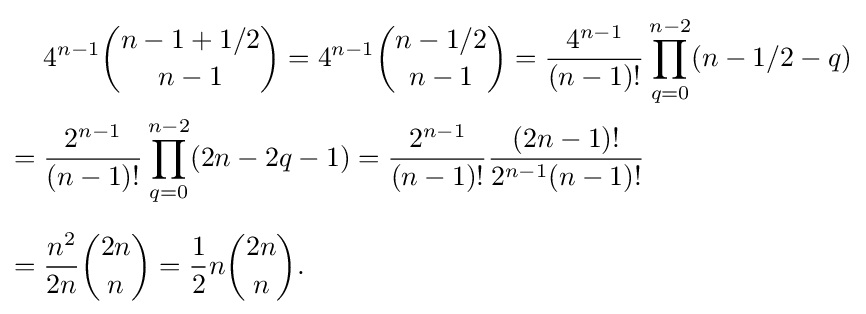
{\begin{aligned}&4^{n-1}{n-1+1/2 \choose n-1}=4^{n-1}{n-1/2 \choose n-1}={\frac {4^{n-1}}{(n-1)!}}\prod _{q=0}^{n-2}(n-1/2-q)\\={}&{\frac {2^{n-1}}{(n-1)!}}\prod _{q=0}^{n-2}(2n-2q-1)={\frac {2^{n-1}}{(n-1)!}}{\frac {(2n-1)!}{2^{n-1}(n-1)!}}\\[6pt]={}&{\frac {n^{2}}{2n}}{2n \choose n}={\frac {1}{2}}n{2n \choose n}.\end{aligned}}